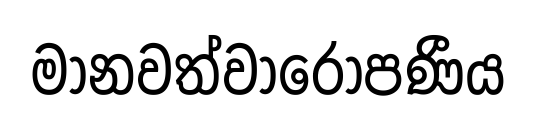
මානවත්වාරෝපණීය